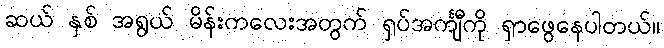
ဆယ် နှစ် အရွယ် မိန်းကလေးအတွက် ရှပ်အင်္ကျီကို ရှာဖွေနေပါတယ်။